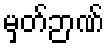
မှတ်ဉာဏ်